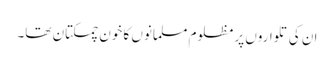
ان کی تلواروں پر مظلوم مسلمانوں کا خون چمکتان تھا۔